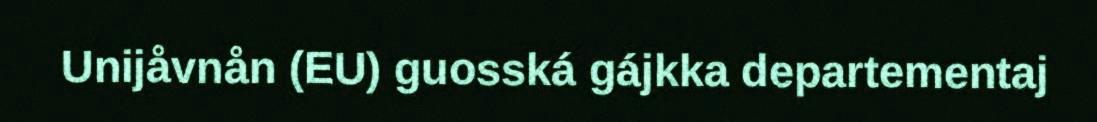
Unijåvnån (EU) guosská gájkka departementaj